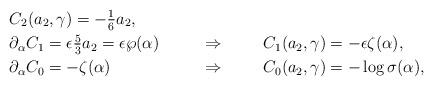
LaTeX: \begin{align*} &C_2(a_2,\gamma) = {-}\tfrac{1}{6} a_2, &\\ &\partial_{\alpha} C_1 = \epsilon \tfrac{5}{3}a_2 = \epsilon \wp(\alpha)& &\Rightarrow& &C_1(a_2,\gamma) = - \epsilon \zeta(\alpha),&\\ &\partial_{\alpha} C_0 = - \zeta(\alpha)& &\Rightarrow& &C_0(a_2,\gamma) = -\log \sigma(\alpha),&\end{align*}